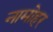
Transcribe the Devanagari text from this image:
नामोहर